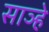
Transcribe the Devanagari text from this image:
साञ्हे